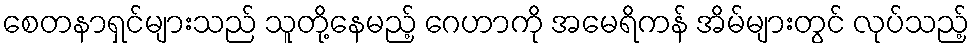
စေတနာရှင်များသည် သူတို့နေမည့် ဂေဟာကို အမေရိကန် အိမ်များတွင် လုပ်သည့်